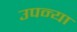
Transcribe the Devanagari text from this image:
उपन्या